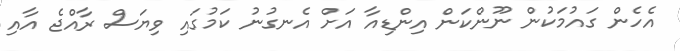
އެހެން ގައުމަކުން ނޫންކަން އިންޑިއާ އަށް އެނގުނު ކަމުގައި ވިޔަސް ރާއްޖެ އާއި